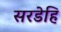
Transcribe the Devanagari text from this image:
सरडेहि